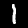
Label: 1